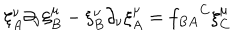
LaTeX: \xi _ { A } ^ { \nu } \partial _ { \nu } \xi _ { B } ^ { \mu } - \xi _ { B } ^ { \nu } \partial _ { \nu } \xi _ { A } ^ { \mu } = { f _ { B A } } ^ { C } \xi _ { C } ^ { \mu }